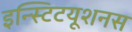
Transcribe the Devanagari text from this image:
इन्स्टिटयूशनस